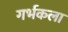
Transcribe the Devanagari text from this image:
गर्भकला